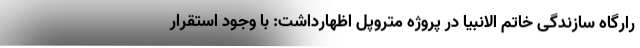
رارگاه سازندگی خاتم الانبیا در پروژه متروپل اظهارداشت: با وجود استقرار